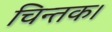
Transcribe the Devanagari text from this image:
चिन्तक।